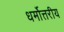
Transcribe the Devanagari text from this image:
धर्मोत्तरीय